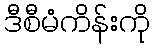
ဒီစီမံကိန်းကို